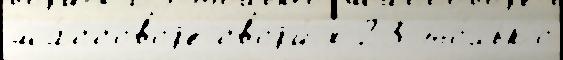
ма́ссовоjе своjи́х 23 то́лько